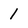
Character: 1